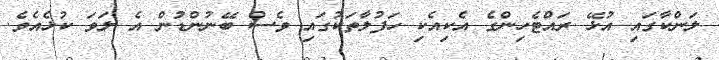
ލަންކާގައި އުޅޭ ރައްޓެހިންގެ އެކިއެކި ހަފުލާތަކުގައި ވެސް ބޭނުންޑުން އެ ލަވަ ކުޅެއެވެ.